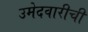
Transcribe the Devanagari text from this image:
उमेदवारीची